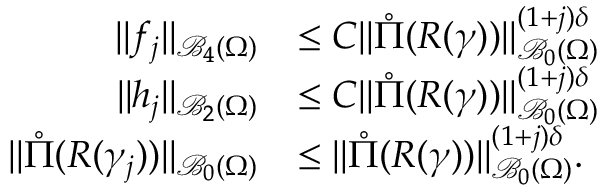
\begin{array} { r l } { \| f _ { j } \| _ { \mathcal B _ { 4 } ( \Omega ) } } & { \leq C \| \mathring \Pi ( R ( \gamma ) ) \| _ { \mathcal B _ { 0 } ( \Omega ) } ^ { ( 1 + j ) \delta } } \\ { \| h _ { j } \| _ { \mathcal B _ { 2 } ( \Omega ) } } & { \leq C \| \mathring \Pi ( R ( \gamma ) ) \| _ { \mathcal B _ { 0 } ( \Omega ) } ^ { ( 1 + j ) \delta } } \\ { \| \mathring \Pi ( R ( \gamma _ { j } ) ) \| _ { \mathcal B _ { 0 } ( \Omega ) } } & { \leq \| \mathring \Pi ( R ( \gamma ) ) \| _ { \mathcal B _ { 0 } ( \Omega ) } ^ { ( 1 + j ) \delta } . } \end{array}